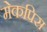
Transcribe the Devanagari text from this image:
मेकपिस